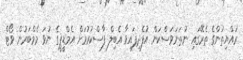
ރައްޔިތުންގެ ތެރޭގައި ނުތަނަވަސްކަން އުފެދިފައިވާ އެބިލް ފާސްކުރުމަށް އެމްޑީޕީގެ ނުވަ މެމްބަރުން ވޯޓް